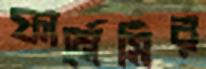
ফার্মেসির